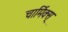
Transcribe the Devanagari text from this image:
चार्मिक्स्